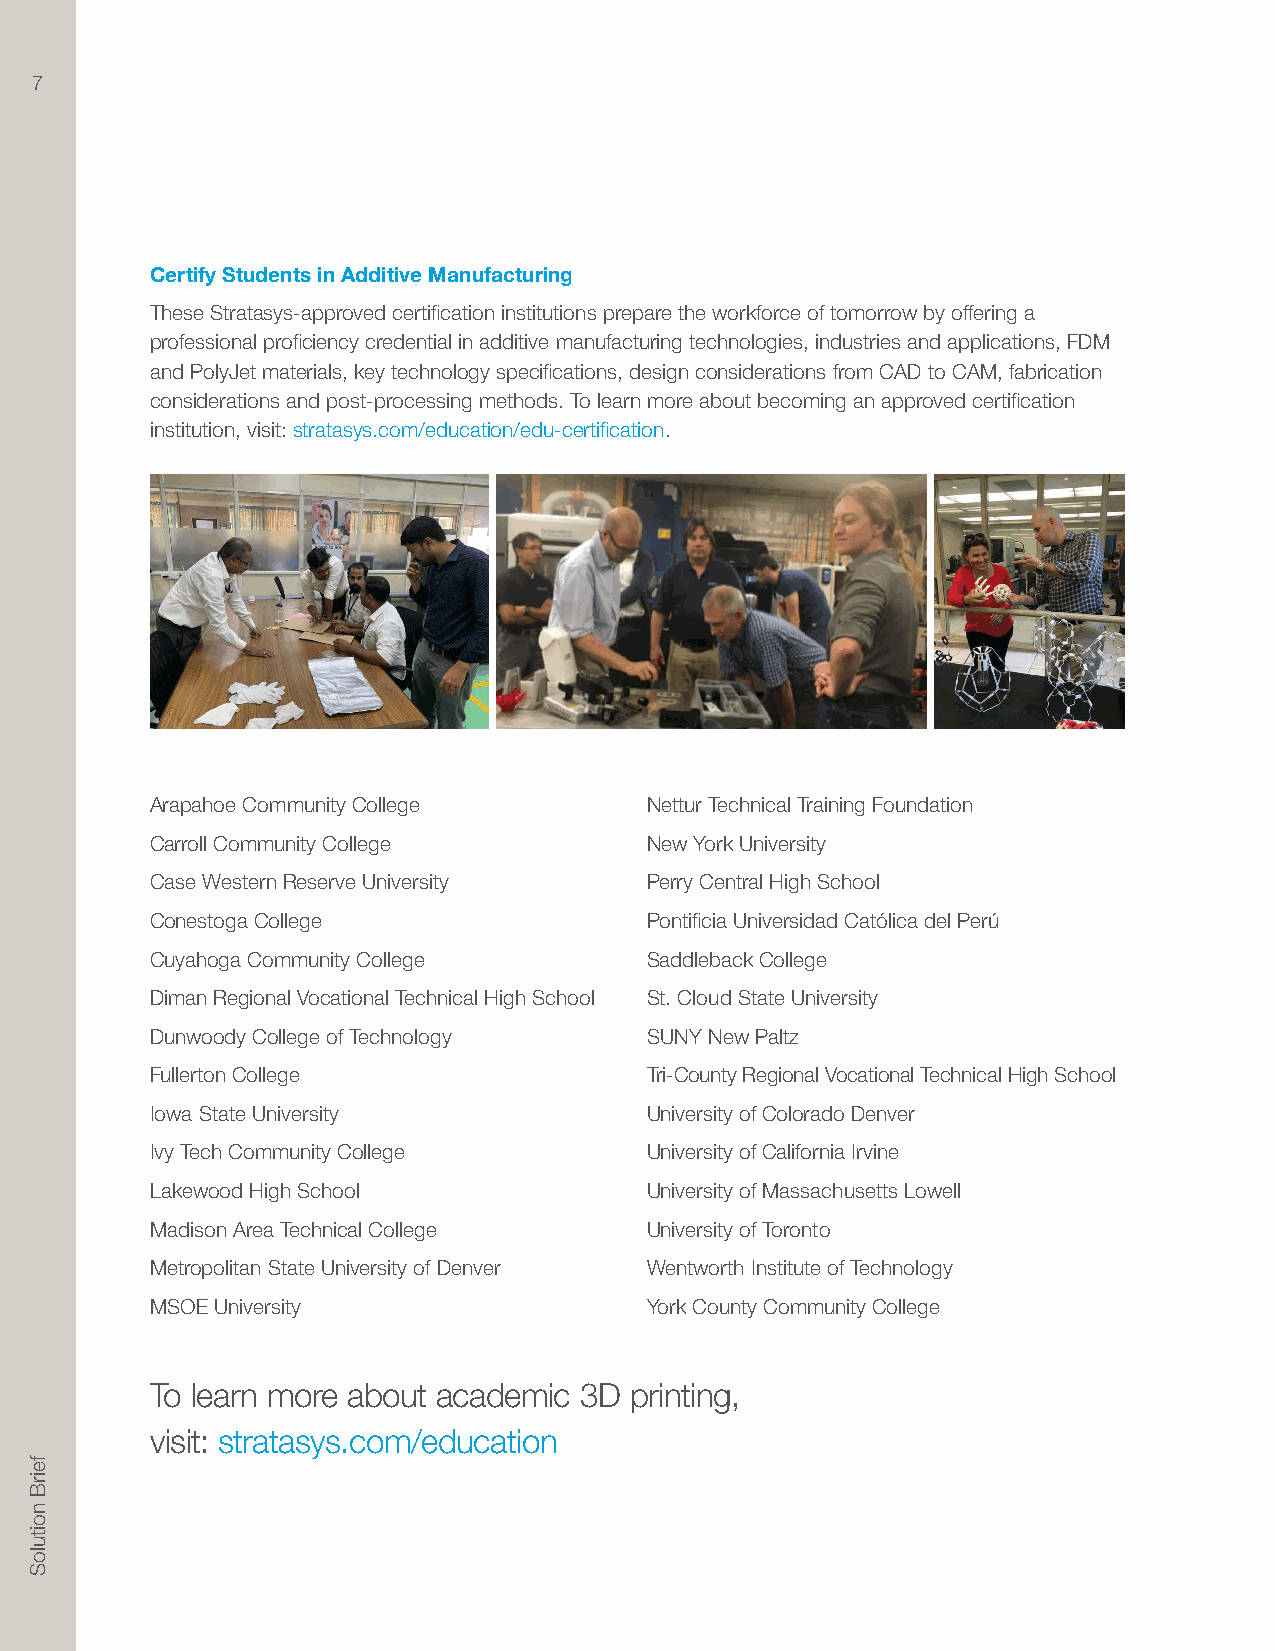
7
 Certify Students in Additive Manufacturing
 These Stratasys-approved certification institutions prepare the workforce of tomorrow by offering a
 professional proficiency credential in additive manufacturing technologies, industries and applications, FDM
 and PolyJet materials, key technology specifications, design considerations from CAD to CAM, fabrication
 considerations and post-processing methods. To learn more about becoming an approved certification
 institution, visit: stratasys.com/education/edu-certification.
 Arapahoe Community College       Nettur Technical Training Foundation
 Carroll Community College        New York University
 Case Western Reserve University  Perry Central High School
 Conestoga College                Pontificia Universidad Católica del Perú
 Cuyahoga Community College       Saddleback College
 Diman Regional Vocational Technical High School St. Cloud State University
 Dunwoody College of Technology   SUNY New Paltz
 Fullerton College                Tri-County Regional Vocational Technical High School
 Iowa State University            University of Colorado Denver
 Ivy Tech Community College       University of California Irvine
 Lakewood High School             University of Massachusetts Lowell
 Madison Area Technical College   University of Toronto
 Metropolitan State University of Denver Wentworth Institute of Technology
 MSOE University                  York County Community College
 To learn more about academic 3D printing,
 visit: stratasys.com/education
 feirB
 noituloS